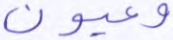
وعيون